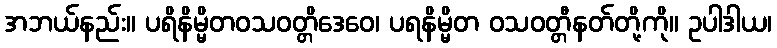
အဘယ်နည်း။ ပရိနိမ္မိတဝသဝတ္တိဒေဝေ၊ ပရနိမ္မိတ ဝသဝတ္တီနတ်တို့ကို။ ဥပါဒါယ၊